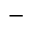
^ -